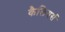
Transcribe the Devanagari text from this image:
कैलियर्स